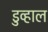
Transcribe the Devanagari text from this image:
डुव्हाल